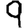
Digit: 9